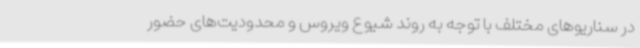
در سناریوهای مختلف با توجه به روند شیوع ویروس و محدودیت‌های حضور